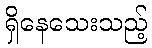
ရှိနေသေးသည့်